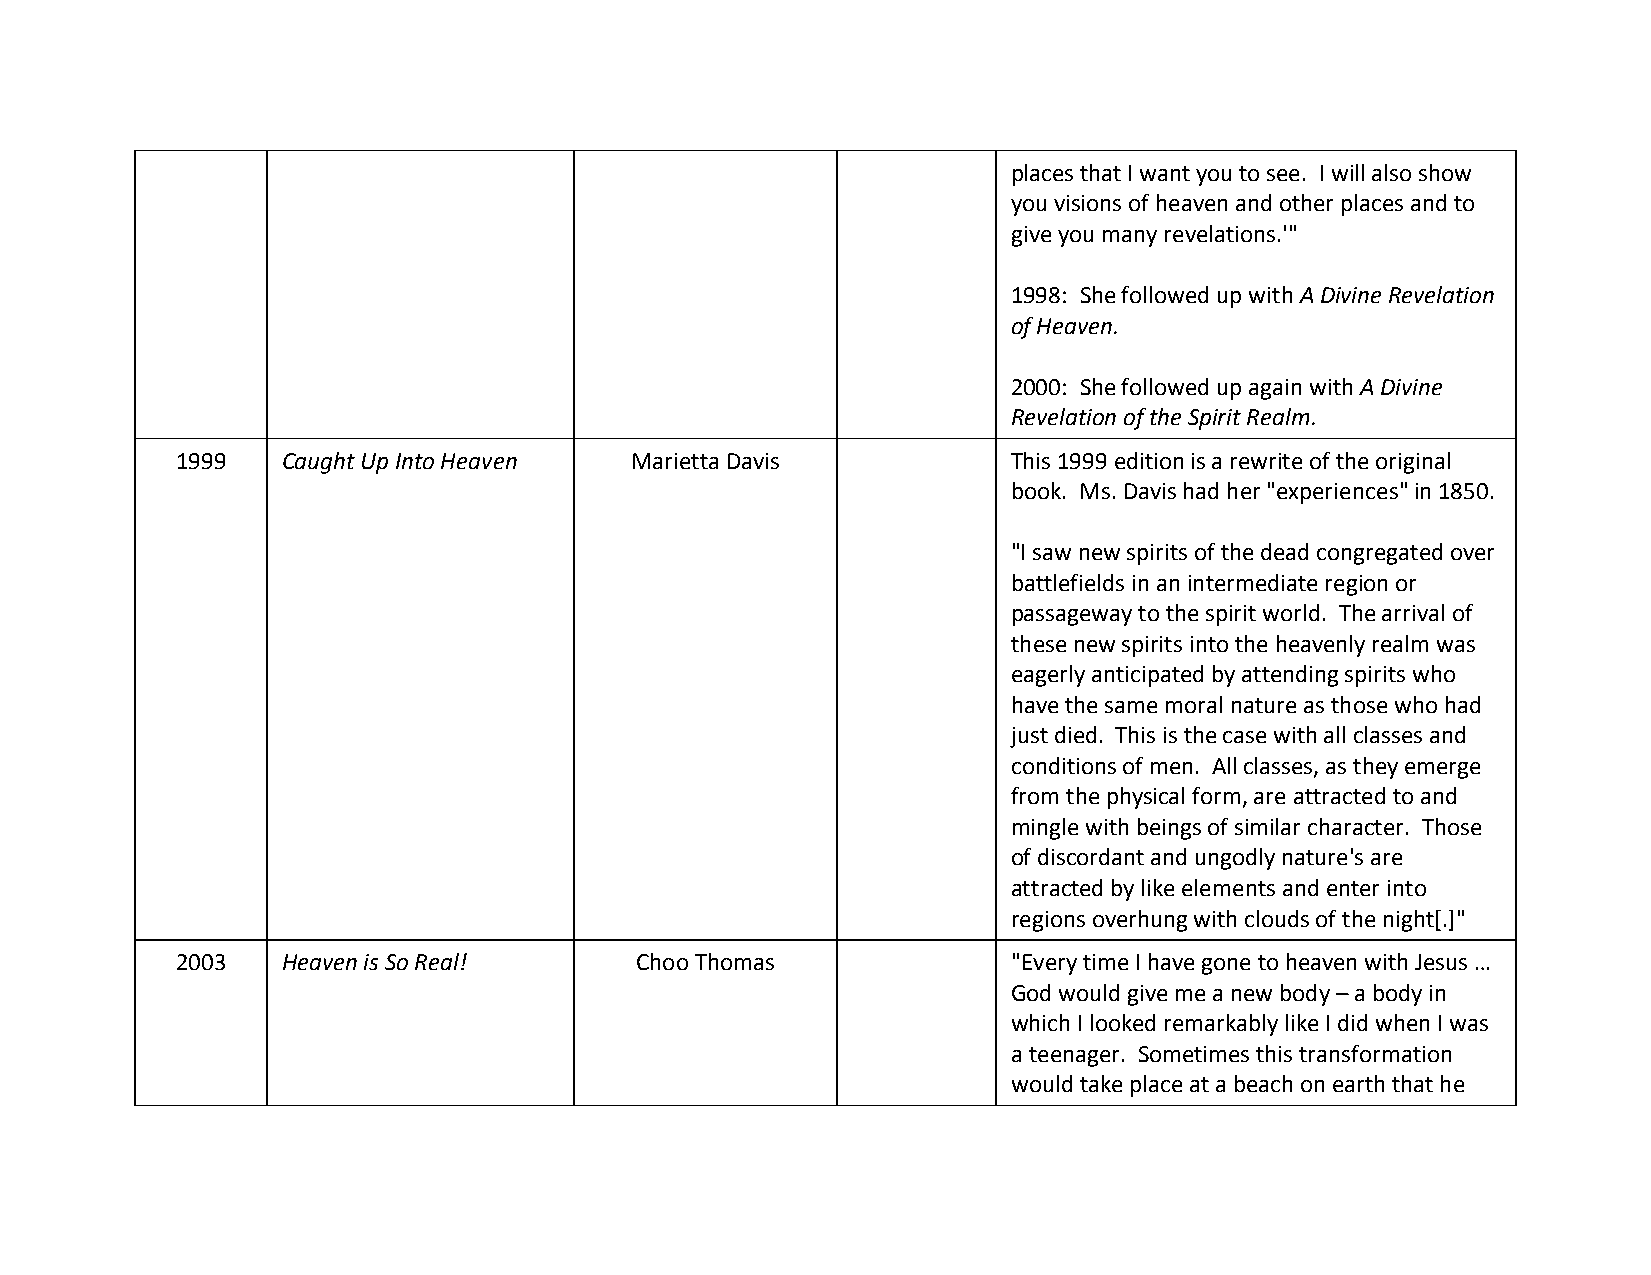
places that I want you to see. I will also show
 you visions of heaven and other places and to
 give you many revelations.'"
 1998: She followed up with A Divine Revelation
 of Heaven.
 2000: She followed up again with A Divine
 Revelation of the Spirit Realm.
 1999   Caught Up Into Heaven  Marietta Davis           This 1999 edition is a rewrite of the original
 book. Ms. Davis had her "experiences" in 1850.
 "I saw new spirits of the dead congregated over
 battlefields in an intermediate region or
 passageway to the spirit world. The arrival of
 these new spirits into the heavenly realm was
 eagerly anticipated by attending spirits who
 have the same moral nature as those who had
 just died. This is the case with all classes and
 conditions of men. All classes, as they emerge
 from the physical form, are attracted to and
 mingle with beings of similar character. Those
 of discordant and ungodly nature's are
 attracted by like elements and enter into
 regions overhung with clouds of the night[.]"
 2003   Heaven is So Real!     Choo Thomas              "Every time I have gone to heaven with Jesus …
 God would give me a new body – a body in
 which I looked remarkably like I did when I was
 a teenager. Sometimes this transformation
 would take place at a beach on earth that he